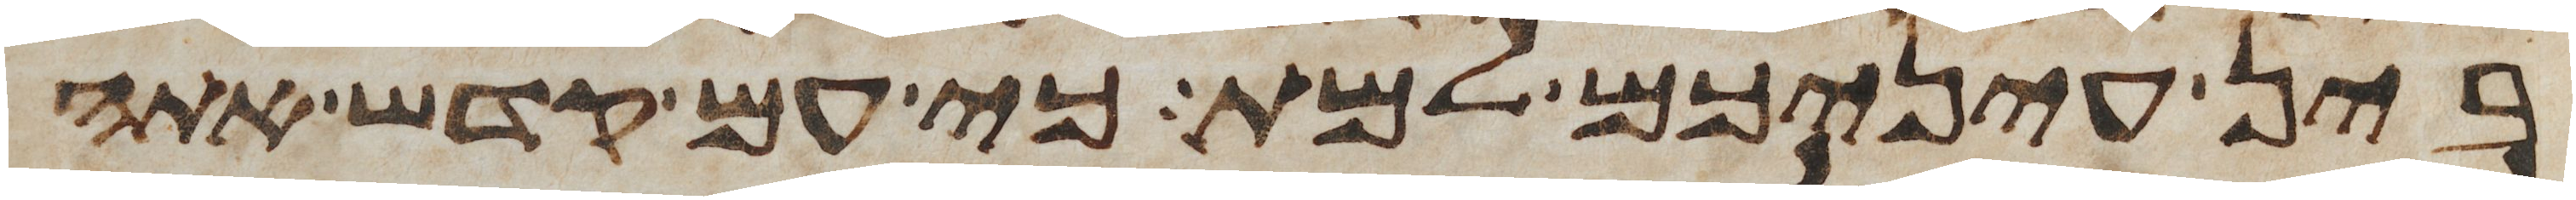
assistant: בין עיניכם למת כי עם קדש אתה